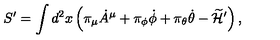
S ^ { \prime } = \int d ^ { 2 } x \left( \pi _ { \mu } { \dot { A } } ^ { \mu } + \pi _ { \phi } { \dot { \phi } } + \pi _ { \theta } { \dot { \theta } } - \widetilde { \cal H } ^ { \prime } \right) ,